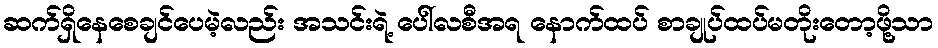
ဆက်ရှိနေစေချင်ပေမဲ့လည်း အသင်းရဲ့ ပေါ်လစီအရ နောက်ထပ် စာချုပ်ထပ်မတိုးတော့ဖို့သာ